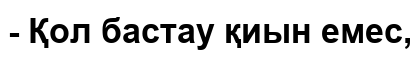
- Қол бастау қиын емес,